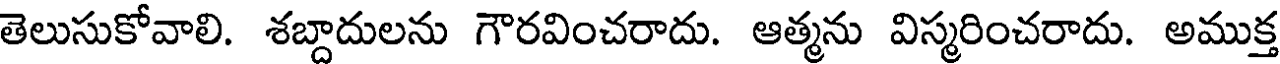
తెలుసుకోవాలి. శబ్దాదులను గౌరవించరాదు. ఆత్మను విస్మరించరాదు. అముక్త